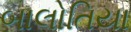
બાલોતિયા